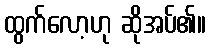
ထွက်လော့ဟု ဆိုအပ်၏။